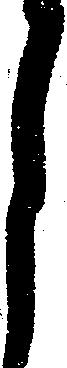
月